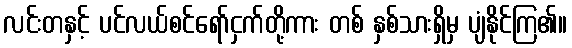
လင်းတနှင့် ပင်လယ်စင်ရော်ငှက်တို့ကား တစ် နှစ်သားရှိမှ ပျံနိုင်ကြ၏။